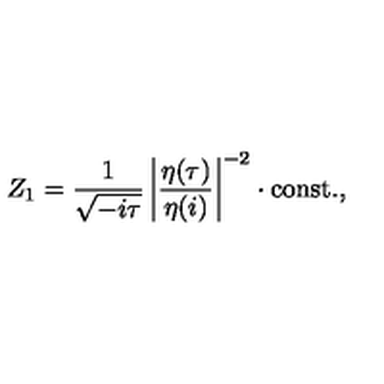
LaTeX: Z _ { 1 } = \frac { 1 } { \sqrt { - i \tau } } \left| \frac { \eta ( \tau ) } { \eta ( i ) } \right| ^ { - 2 } \cdot \mathrm { c o n s t . } ,